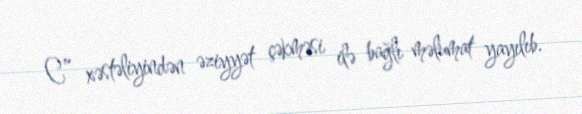
C” xəstəliyindən əziyyət çəkməsi ilə bağlı məlumat yayılıb.